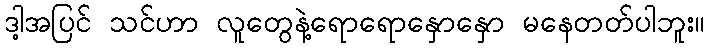
ဒါ့အပြင် သင်ဟာ လူတွေနဲ့ရောရောနှောနှော မနေတတ်ပါဘူး။